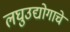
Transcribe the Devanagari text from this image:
लघुउद्योगाचे